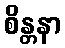
စိန္တနာ